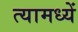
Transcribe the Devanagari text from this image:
त्यामध्यें